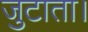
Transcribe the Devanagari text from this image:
जुटाता।